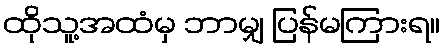
ထိုသူ့အထံမှ ဘာမျှ ပြန်မကြားရ။